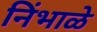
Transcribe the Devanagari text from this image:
निंभाळे